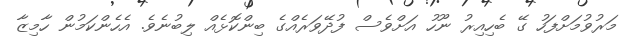
މަރުވުމަށްފަހު ގޭ ބެހިއިރު ނޫހު އަށްވެސް ފުދޭވަރެއްގެ ބިންކޮޅެއް ލިބުނެވެ. އެހެންކަމުން ހާމިޒާ